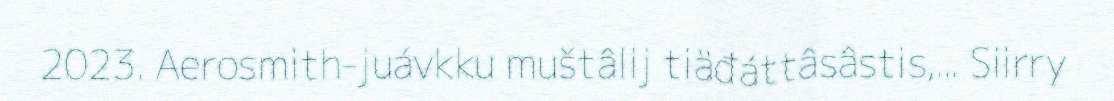
2023. Aerosmith-juávkku muštâlij tiäđáttâsâstis,... Siirry